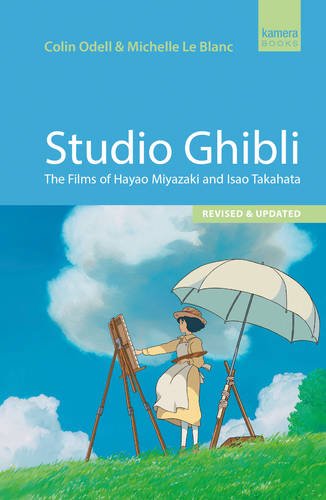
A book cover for Studio Ghibli: The Films of Hayao Miyazaki and Isao Takahata; Colin Odell; Arts & Photography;